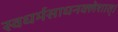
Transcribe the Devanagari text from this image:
स्वधर्मसाधनक्लेशात्‌।